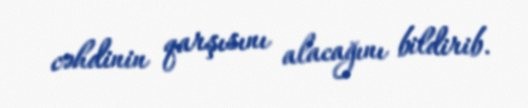
cəhdinin qarşısını alacağını bildirib.